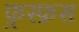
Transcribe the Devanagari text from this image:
फ़ुस्फ़स